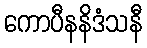
ကောပီနနိဒံသနီ